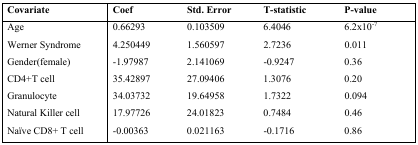
<table><thead><tr><td><b>Covariate</b></td><td><b>Coef</b></td><td><b>Std. Error</b></td><td><b>T-statistic</b></td><td><b>P-value</b></td></tr></thead><tbody><tr><td>Age</td><td>0.66293</td><td>0.103509</td><td>6.4046</td><td>6.2×10<sup>−7</sup></td></tr><tr><td>Werner Syndrome</td><td>4.250449</td><td>1.560597</td><td>2.7236</td><td>0.011</td></tr><tr><td>Gender(female)</td><td>−1.97987</td><td>2.141069</td><td>−0.9247</td><td>0.36</td></tr><tr><td>CD4+T cell</td><td>35.42897</td><td>27.09406</td><td>1.3076</td><td>0.20</td></tr><tr><td>Granulocyte</td><td>34.03732</td><td>19.64958</td><td>1.7322</td><td>0.094</td></tr><tr><td>Natural Killer cell</td><td>17.97726</td><td>24.01823</td><td>0.7484</td><td>0.46</td></tr><tr><td>Naïve CD8+ T cell</td><td>−0.00363</td><td>0.021163</td><td>−0.1716</td><td>0.86</td></tr></tbody></table>